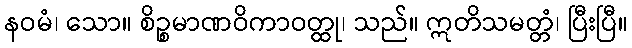
နဝမံ၊ သော။ စိဉ္စမာဏဝိကာဝတ္ထု၊ သည်။ ဣတိသမတ္တံ၊ ပြီးပြီ။